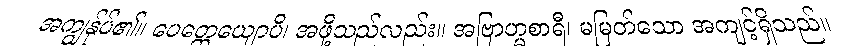
အကျွန်ုပ်၏။ ပေတ္တေယျောပိ၊ အဖို့သည်လည်း။ အဗြာဟ္မစာရီ၊ မမြတ်သော အကျင့်ရှိသည်။